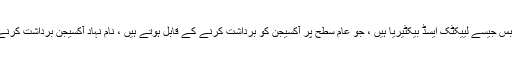
تاہم ، کچھ انیروبس جیسے لییکٹک ایسڈ بیکٹیریا ہیں ، جو عام سطح پر آکسیجن کو برداشت کرنے کے قابل ہوتے ہیں ، نام نہاد آکسیجن برداشت کرنے والے بیکٹیریا۔